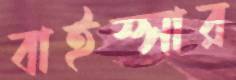
বাইস্সার